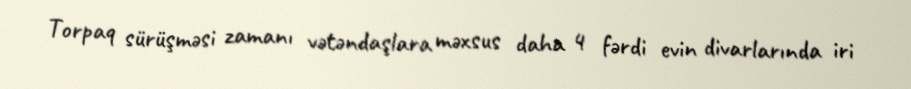
Torpaq sürüşməsi zamanı vətəndaşlara məxsus daha 4 fərdi evin divarlarında iri